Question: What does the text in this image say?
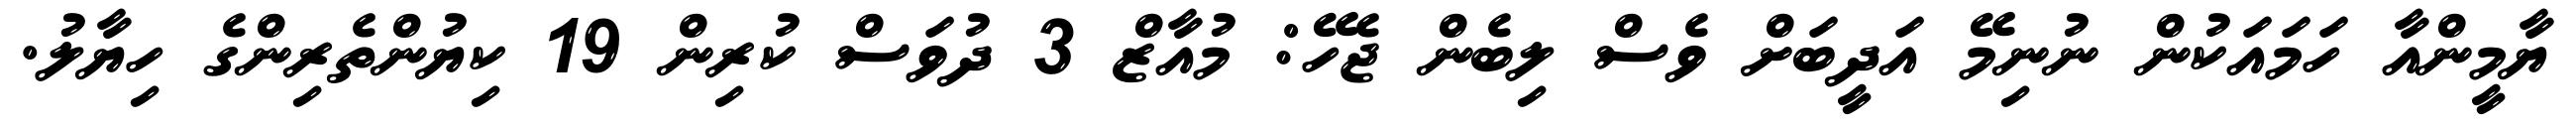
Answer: ޔާމީންއާ ހަމައަކުން ނުނިމޭ އަދީބަށް ވެސް ލިބެން ޖެހޭ: މުއާޒް 3 ދުވަސް ކުރިން 19 ކިޔުންތެރިންގެ ހިޔާލު.